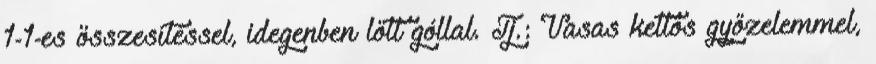
1-1-es összesítéssel, idegenben lőtt góllal. Tj.: Vasas kettős győzelemmel,